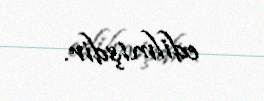
edilmişdir.